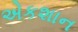
એકશાન